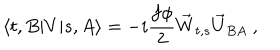
\langle t , B | V | s , A \rangle = - i \frac { f \phi } { 2 } \vec { W } _ { t , s } \vec { U } _ { B A } ~ ,